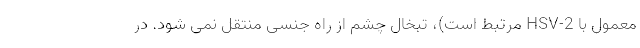
معمول با HSV-2 مرتبط است)، تبخال چشم از راه جنسی منتقل نمی شود. در